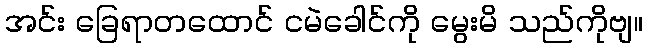
အင်း ခြေရာတထောင် ငမဲခေါင်ကို မွေးမိ သည်ကိုဗျ။